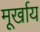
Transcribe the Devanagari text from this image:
मूर्खाय